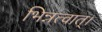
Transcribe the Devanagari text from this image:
भिन्नत्वात्।